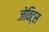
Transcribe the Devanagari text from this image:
जेविट्स